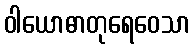
ဝါယောဓာတုရေဝေသာ